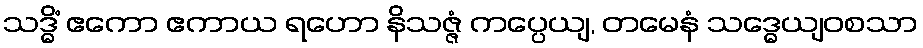
သဒ္ဓိံ ဧကော ဧကာယ ရဟော နိသဇ္ဇံ ကပ္ပေယျ, တမေနံ သဒ္ဓေယျဝစသာ